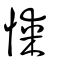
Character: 𢜮